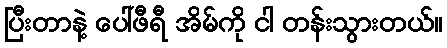
ပြီးတာနဲ့ ပေါ်ဖီရီ အိမ်ကို ငါ တန်းသွားတယ်။